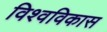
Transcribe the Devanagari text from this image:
विश्वविकास